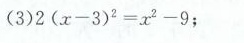
（3）$$2 （ x - 3 ） ^ { 2 }= x ^ { 2 } - 9 $$；